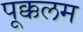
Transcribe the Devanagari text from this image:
पूक्कलम